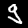
Label: 9